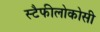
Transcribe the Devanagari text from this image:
स्टैफीलोकोसी